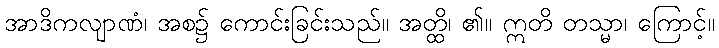
အာဒိကလျာဏံ၊ အစ၌ ကောင်းခြင်းသည်။ အတ္ထိ၊ ၏။ ဣတိ တသ္မာ၊ ကြောင့်။